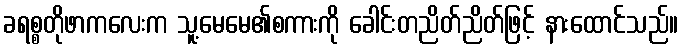
ခရစ္စတိုဖာကလေးက သူ့မေမေ၏စကားကို ခေါင်းတညိတ်ညိတ်ဖြင့် နားထောင်သည်။